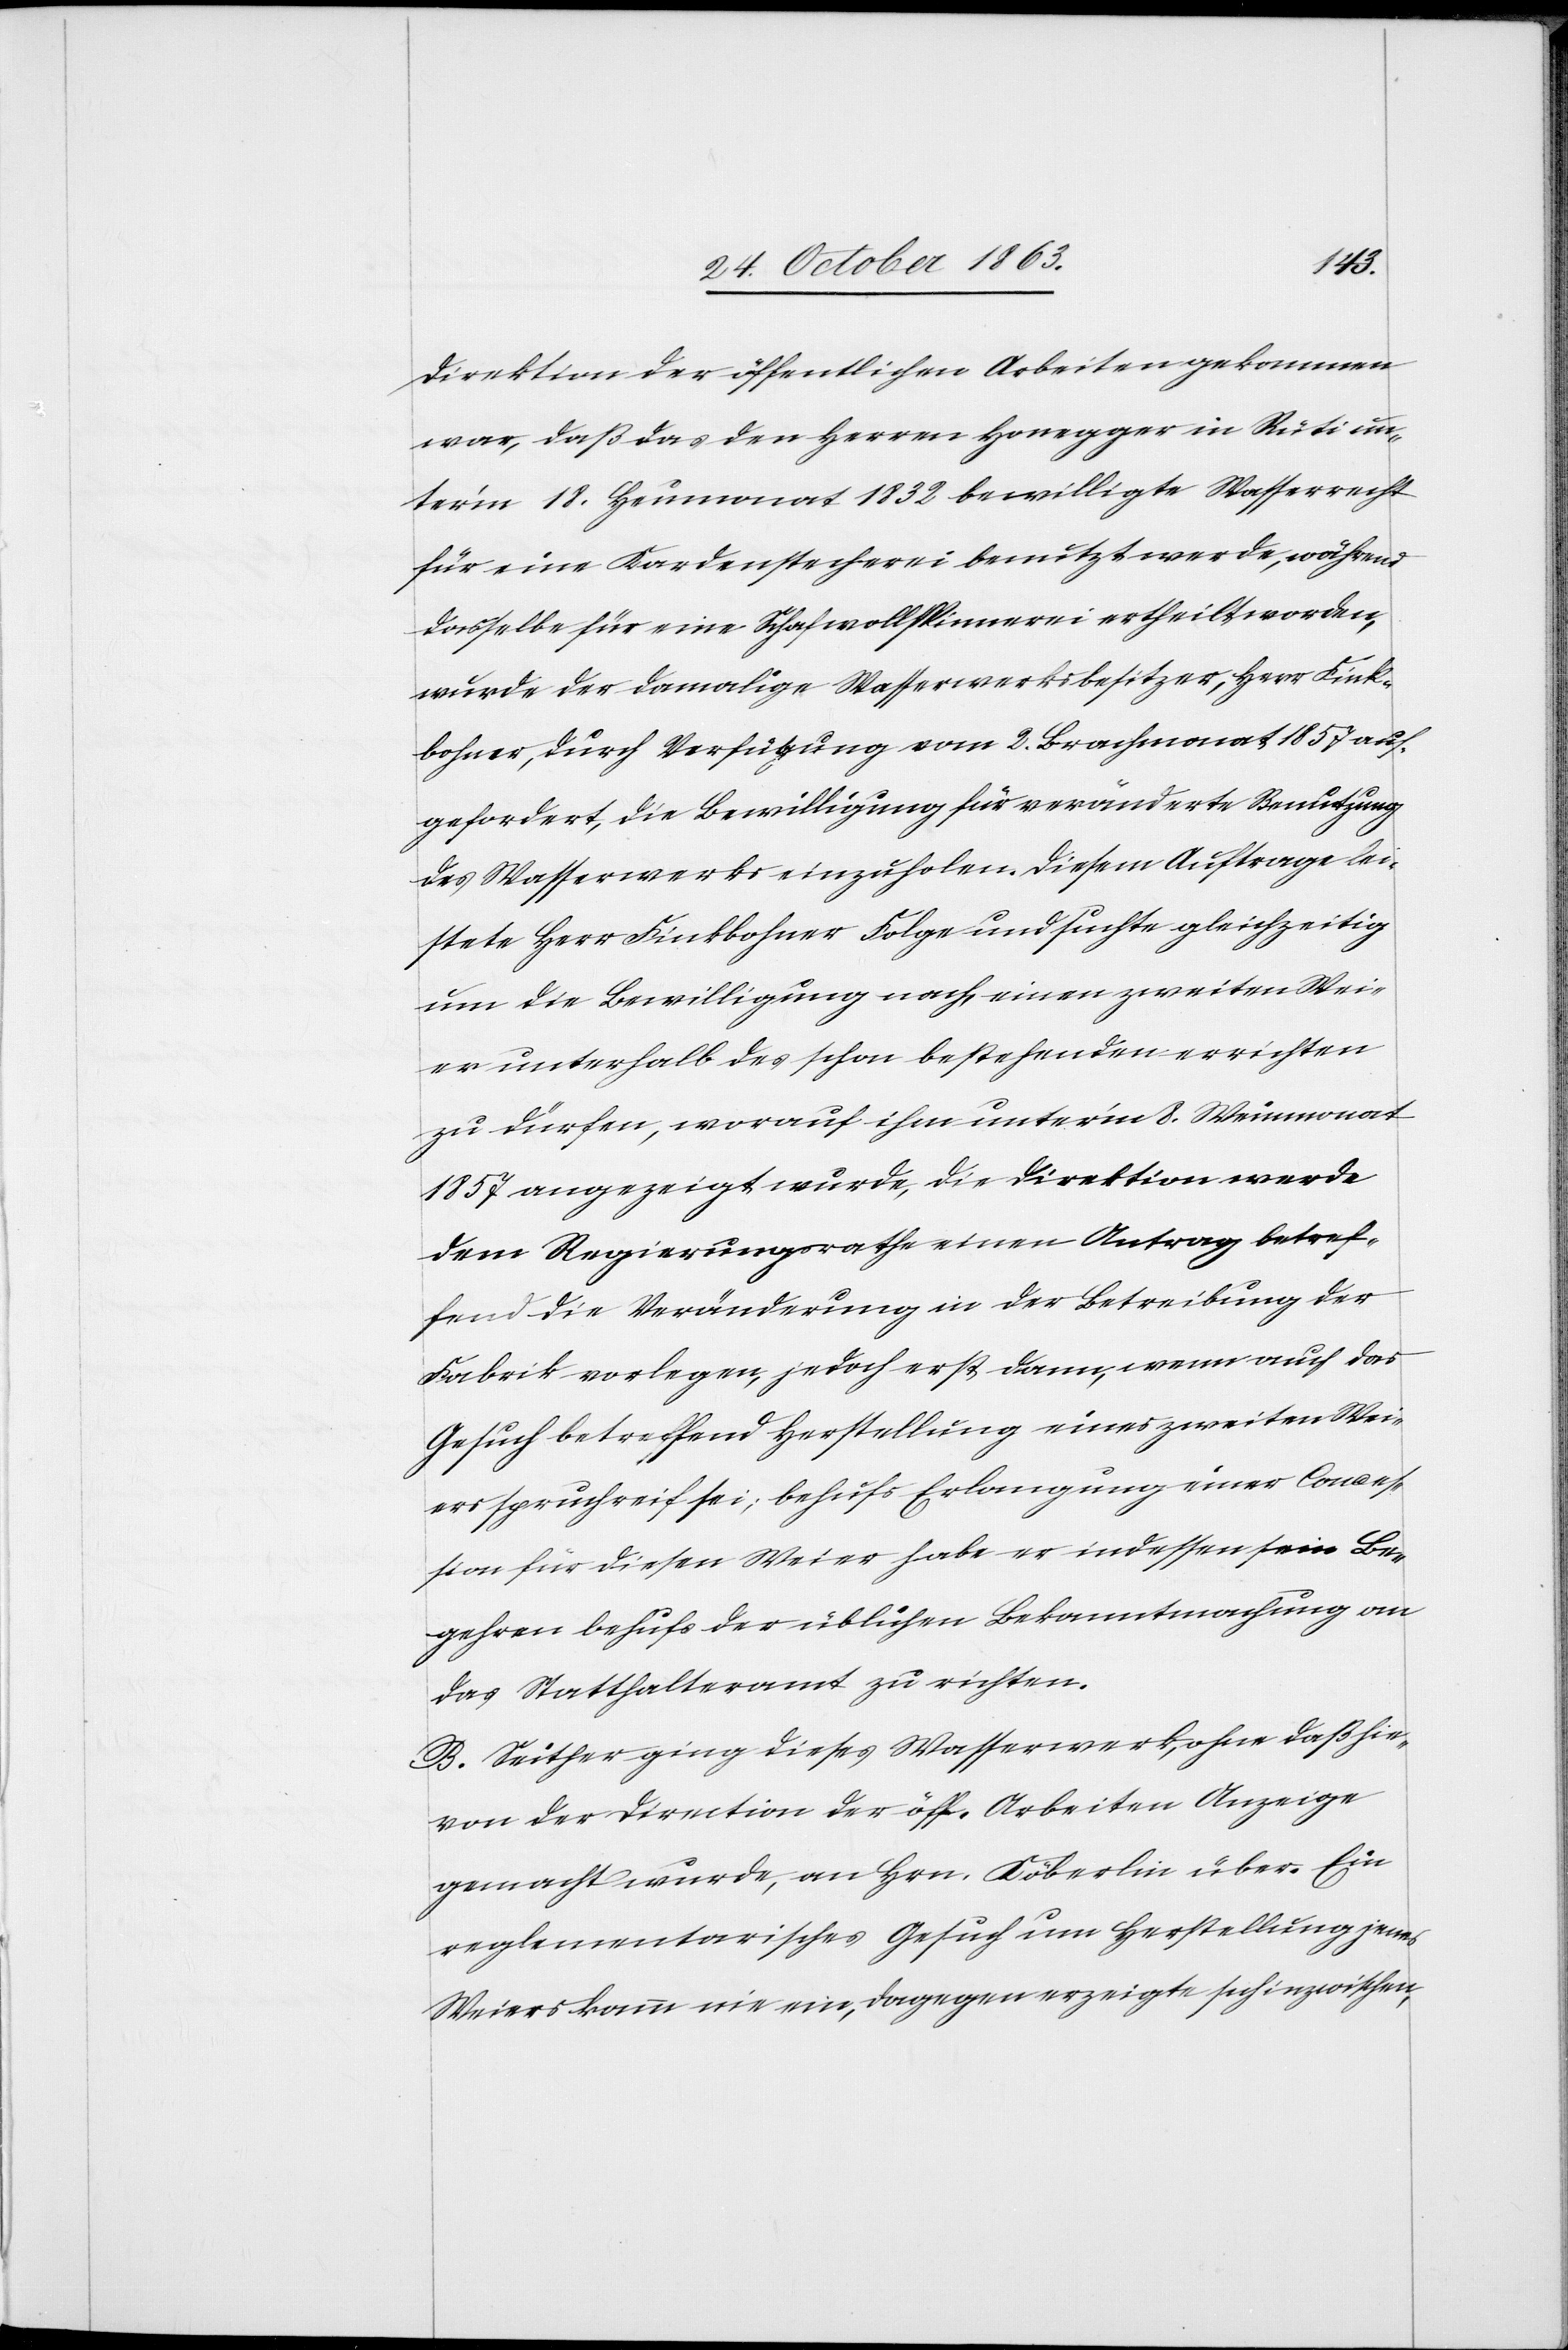
Direktion der öffentlichen Arbeiten gekommen
war, daß das den Herren Honegger in Rüti un¬
ter'm 18. Heumonat 1832 bewilligte Wasserrecht
für eine Kardenstecherei benutzt werde, während
dasselbe für eine Schafwollspinnerei ertheilt worden,
wurde der damalige Wasserwerksbesitzer, Herr Fink¬
bohner, durch Verfügung vom 2. Brachmonat 1857 auf¬
gefordert, die Bewilligung für veränderte Benutzung
des Wasserwerks einzuholen. Diesem Auftrage lei¬
stete Herr Finkbohner Folge und suchte gleichzeitig
um die Bewilligung nach, einen zweiten Wei¬
er unterhalb des schon bestehenden errichten
zu dürfen, worauf ihm unter'm 8. Weinmonat
1857 angezeigt wurde, die Direktion werde
dem Regierungsrathe einen Antrag betref¬
fend die Veränderung in der Betreibung der
Fabrik vorlegen, jedoch erst dann, wenn auch das
Gesuch betreffend Herstellung eines zweiten Wei¬
ers spruchreif sei; behufs Erlangung einer Conces¬
sion für diesen Weier habe er indessen sein Be¬
gehren behufs der üblichen Bekanntmachung an
das Statthalteramt zu richten.
B. Seither ging dieses Wasserwerk, ohne daß hie¬
von der Direction der öff. Arbeiten Anzeige
gemacht wurde, an Hrn. Köberlin über. Ein
reglementarisches Gesuch um Herstellung jenes
Weiers kam nie ein, dagegen erzeigte sich inzwischen,